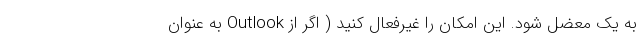
به یک معضل شود. این امکان را غیرفعال کنید ( اگر از Outlook به عنوان